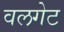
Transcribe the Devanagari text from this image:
वलगेट